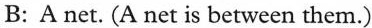
B: A net. (A net is between them.)